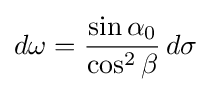
d\omega ={\frac {\sin \alpha _{0}}{\cos ^{2}\beta }}\,d\sigma